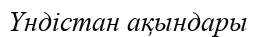
Үндістан ақындары